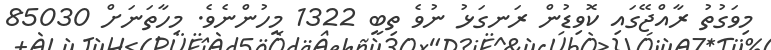
މިވަގުތު ރާއްޖޭގައި ކޮވިޑުން ރަނގަޅު ނުވެ ތިބީ 1322 މީހުންނެވެ. މިހާތަނަށް 85030